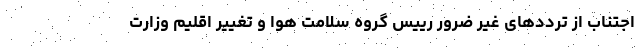
اجتناب از ترددهای غیر ضرور رییس گروه سلامت هوا و تغییر اقلیم وزارت